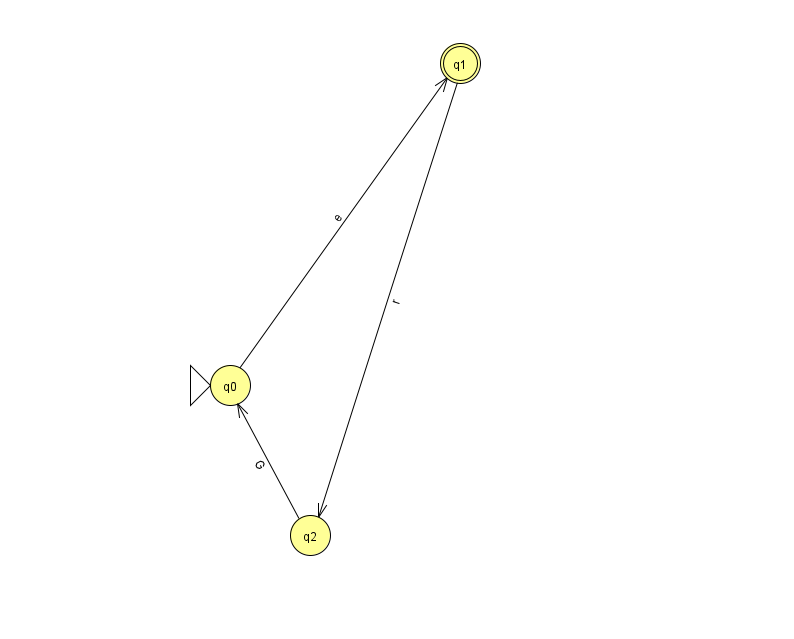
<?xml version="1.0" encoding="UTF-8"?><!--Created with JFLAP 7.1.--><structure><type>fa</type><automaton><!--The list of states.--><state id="0" name="q0"><x>230.0</x><y>372.0</y><initial/></state><state id="1" name="q1"><x>460.0</x><y>50.0</y><final/></state><state id="2" name="q2"><x>310.0</x><y>522.0</y></state><!--The list of transitions.--><transition><from>2</from><to>0</to><read>G</read></transition><transition><from>0</from><to>1</to><read>e</read></transition><transition><from>1</from><to>2</to><read>r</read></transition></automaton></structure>